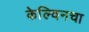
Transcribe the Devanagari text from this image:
केल्विनचा